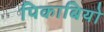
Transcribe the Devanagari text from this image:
पिकाबियो